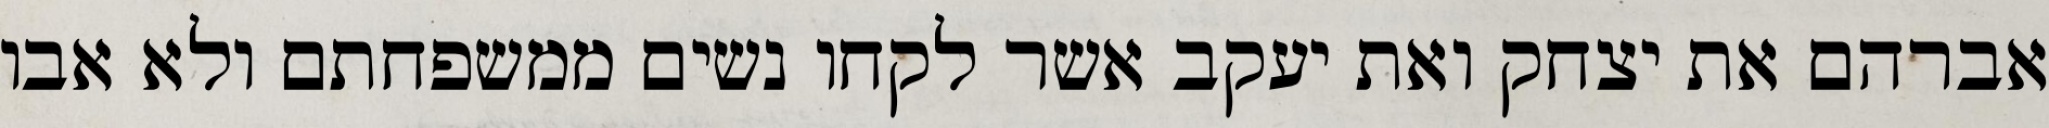
אברהם את יצחק ואת יעקב אשר לקחו נשים ממשפחתם ולא אבו